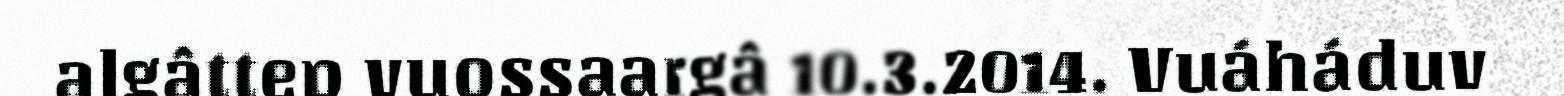
algâttep vuossaargâ 10.3.2014. Vuáháduv